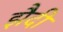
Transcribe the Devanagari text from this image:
झैदी